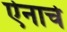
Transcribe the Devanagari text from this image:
ऐनाचे